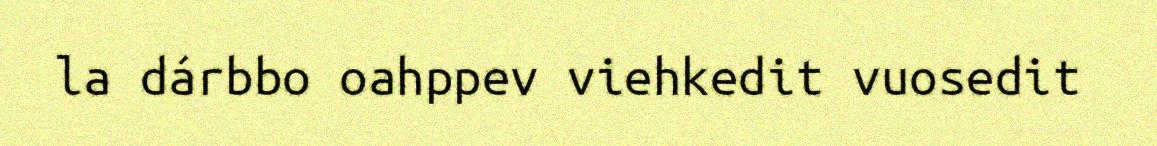
la dárbbo oahppev viehkedit vuosedit